Report of the Indian Hemp Drugs Commission, 1894-1895 - Volume V
Year: 1894
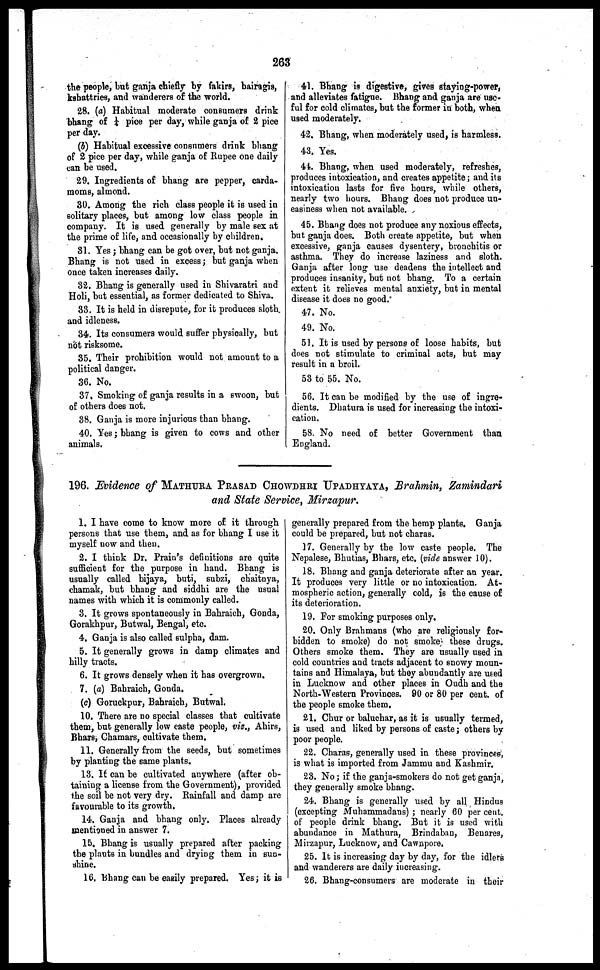
263
the people, but ganja chiefly by fakirs, bairagis,
kshattries, and wanderers of the world.
28. (a) Habitual moderate consumers drink
bhang of ¼ pice per day, while ganja of 2 pice
per day.
(8) Habitual excessive consumers drink bhang
of 2 pice per day, while ganja of Rupee one daily
can be used.
29. Ingredients of bhang are pepper, carda-
moms, almond.
30. Among the rich class people it is used in
solitary places, but among low class people in
company. It is used generally by male 6ex at
the prime of life, and occasionally by children.
31. Yes ; bhang can be got over, but not ganja.
Bhang is not used in excess ; but ganja when
once taken increases daily.
32. Bhang is generally used in Shivaratri and
Holi, but essential, as former dedicated to Shiva.
33. It is held in disrepute, for it produces sloth
and idleness.
34. Its consumers would suffer physically, but
not risksome.
35. Their prohibition would not amount to a
political danger.
36. No.
37. Smoking of ganja results in a swoon, but
of others does not.
38. Ganja is more injurious than bhang.
40. Yes ; bhang is given to cows and other
animals.
41. Bhang is digestive, gives staying-power,
and alleviates fatigue. Bhang and ganja are use-
ful for cold climates, but the former in both, when
used moderately.
42. Bhang, when moderately used, is harmless.
43. Yes.
44. Bhang, when used moderately, refreshes,
produces intoxication, and creates appetite ; and its
intoxication lasts for five hours, while others,
nearly two hours. Bhang does not produce un-
easiness when not available.
45. Bhang does not produce any noxious effects,
but ganja does. Both create appetite, but when
excessive, ganja causes dysentery, bronchitis or
asthma. They do increase laziness and sloth.
Ganja after long U3e deadens the intellect and
produces insanity, but not bhang. To a certain
extent it relieves mental anxiety, but in mental
disease it does no good.
47. No.
49. No.
51. It is used by persons of loose habits, but
does not stimulate to criminal acts, but may
result in a broil.
53 to 55. No.
56. It can be modified by the use of ingre-
dients. Dhatura is used for increasing the intoxi-
cation.
58. No need of better Government than
England.
196. Evidence of MATHURA PRASAD CHOWDHRI UPADHYAYA, Brahmin, Zamindari
and State Service, Mirzapur.
1. I have come to know more of it through
persons that use them, and as for bhang I use it
myself now and then.
2. I think Dr. Prain's definitions are quite
sufficient for the purpose in hand. Bhang is
usually called bijaya, buti, subzi, chaitnya,
chamak, but bhang and siddhi are the usual
names with which it is commonly called.
3. It grows spontaneously in Bahraich, Gonda,
Gorakhpur, Butwal, Bengal, etc.
4. Ganja is also called sulpha, dam.
5. It generally grows in damp climates and
hilly tracts.
6. It grows densely when it has overgrown.
7. (a) Bahraich, Gonda,
(c) Goruckpur, Bahraich, Butwal.
10. There are no special classes that cultivate
them, but generally low caste people, viz., Ahirs,
Bhars, Chamars, cultivate them.
11. Generally from the seeds, but sometimes
by planting the same plants.
13. It can be cultivated anywhere (after ob-
taining a license from the Government), provided
the soil be not very dry. Rainfall and damp are
favourable to its growth.
14. Ganja and bhang only. Places already
mentioned in answer 7.
15. Bhang is usually prepared after packing
the plants in bundles and drying them in sun-
shine.
16. Bhang can be easily prepared. Yes ; it is
generally prepared from the hemp plants, Ganja
could be prepared, but not charas.
17. Generally by the low caste people. The
Nepalese, Bhutias, Bhars, etc. (vide answer 10).
18. Bhang and ganja deteriorate after an year.
It produces very little or no intoxication. At-
mospheric action, generally cold, is the cause of
its deterioration.
19. For smoking purposes only.
20. Only Brahmans (who are religiously for-
bidden to smoke) do not smoke these drugs.
Others smoke them. They are usually used in
cold countries and tracts adjacent to snowy moun-
tains and Himalaya, but they abundantly are used
in Lucknow and other places in Oudh and the
North-Western Provinces. 90 or 80 per cent. of
the people smoke them.
21. Chur or baluchar, as it is usually termed,
is used and liked by persons of caste ; others by
poor people.
22. Charas, generally used in these provinces,
is what is imported from Jammu and Kashmir.
23. No ; if the ganja-smokers do not get ganja,
they generally smoke bhang.
24. Bhang is generally used by all Hindus
(excepting Muhammadans) ; nearly 60 per cent.
of people drink bhang. But it is used with
abundance in Mathura, Brindaban, Benares,
Mirzapur, Lucknow, and Cawnpore.
25. It is increasing day by day, for the idlers
and wanderers are daily increasing.
26. Bhang-consumers are moderate in their